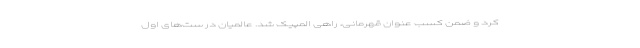
کرد و ضمن کسب عنوان قهرمانی، راهی المپیک شد. عالمیان در ست‌های اول